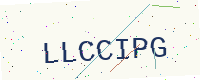
Text: LLCCIPG